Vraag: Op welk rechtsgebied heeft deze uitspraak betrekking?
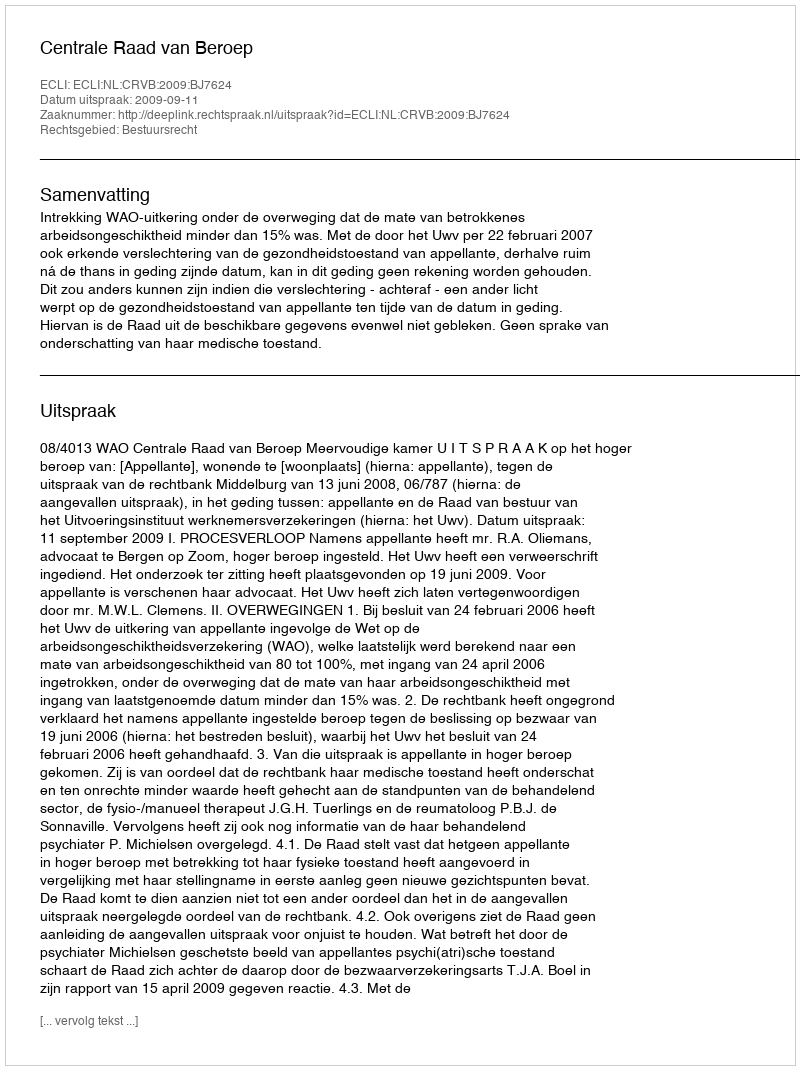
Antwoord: Bestuursrecht